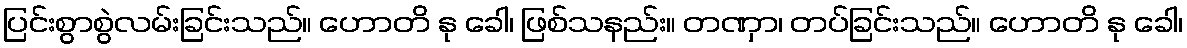
ပြင်းစွာစွဲလမ်းခြင်းသည်။ ဟောတိ နု ခေါ၊ ဖြစ်သနည်း။ တဏှာ၊ တပ်ခြင်းသည်။ ဟောတိ နု ခေါ၊